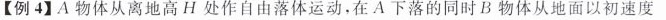
【例4】A物体从离地高H处作自由落体运动，在A下落的同时B物体从地面以初速度